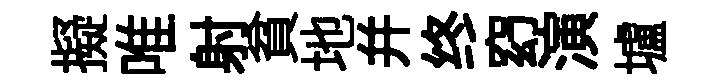
擬唯射貧地幷终𥥆演壚